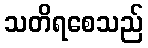
သတိရစေသည်